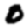
Digit: 0